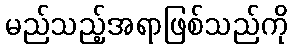
မည်သည့်အရာဖြစ်သည်ကို